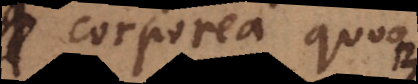
corporea quoque